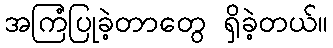
အကြံပြုခဲ့တာတွေ ရှိခဲ့တယ်။